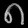
Digit: ၈